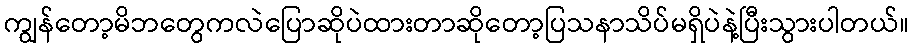
ကျွန်တော့မိဘတွေကလဲပြောဆိုပဲထားတာဆိုတော့ပြသနာသိပ်မရှိပဲနဲ့ပြီးသွားပါတယ်။